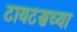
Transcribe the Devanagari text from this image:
टायटसच्या